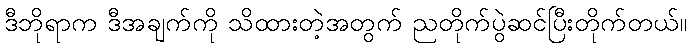
ဒီဘိုရာက ဒီအချက်ကို သိထားတဲ့အတွက် ညတိုက်ပွဲဆင်ပြီးတိုက်တယ်။